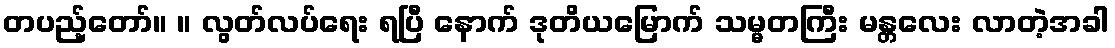
တပည့်တော်။ ။ လွတ်လပ်ရေး ရပြီ နောက် ဒုတိယမြောက် သမ္မတကြီး မန္တလေး လာတဲ့အခါ